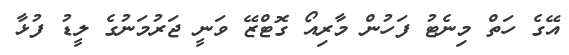
އޭގެ ހަތް މިނެޓު ފަހުން މާރިއޯ ގޮޓްޒޭ ވަނީ ޖަރުމަނުގެ ލީޑު ފުޅާ